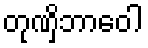
တုဏှိဘာဝေါ